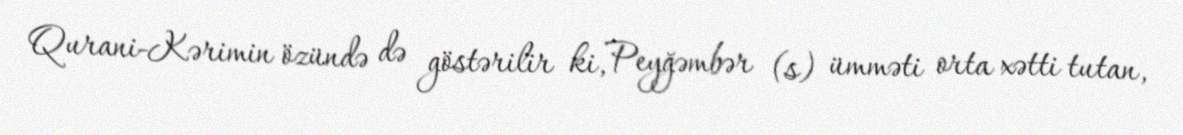
Qurani-Kərimin özündə də göstərilir ki, Peyğəmbər (s) ümməti orta xətti tutan,